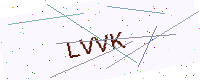
Text: LVVK